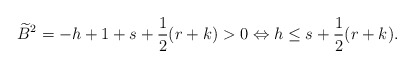
\begin{align*}\widetilde{B}^2=-h+1+s+\frac{1}{2}(r+k)>0 \Leftrightarrow h\leq s+ \frac{1}{2}(r+k).\end{align*}